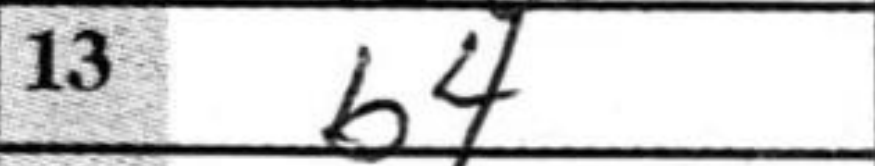
Transcription: b4